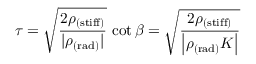
\tau = \sqrt { \frac { 2 \rho _ { \mathrm { ( s t i f f ) } } } { | \rho _ { \mathrm { ( r a d ) } } | } } \, \cot \beta = \sqrt { \frac { 2 \rho _ { \mathrm { ( s t i f f ) } } } { \left| \rho _ { \mathrm { ( r a d ) } } K \right| } }